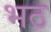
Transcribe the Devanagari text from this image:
भठ